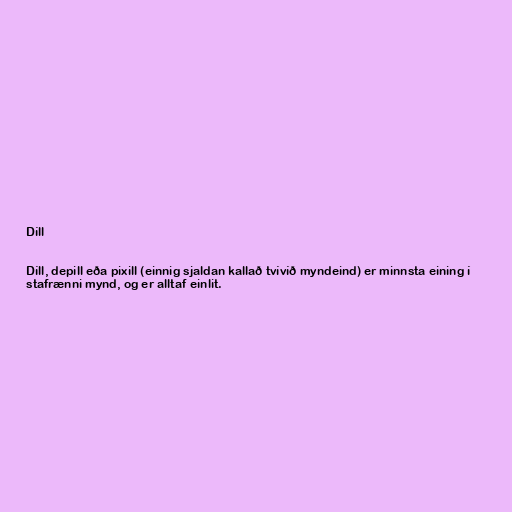
Díll

Díll, depill eða pixill (einnig sjaldan kallað tvívíð myndeind) er minnsta eining í
stafrænni mynd, og er alltaf einlit.